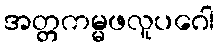
အတ္တကမ္မဖလူပဂေါ